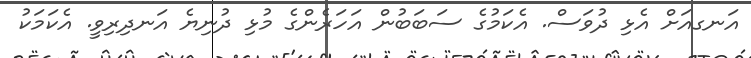
އަނގއަށް އެޅި ދުވަސް. އެކަމުގެ ސަބަބުން އަހަރެންގެ މުޅި ދުނިޔެ އަނދިރިވީ. އެކަމަކު